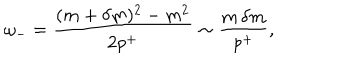
LaTeX: \omega _ { - } = \frac { ( m + \delta m ) ^ { 2 } - m ^ { 2 } } { 2 p ^ { + } } \sim \frac { m \, \delta m } { p ^ { + } } ,